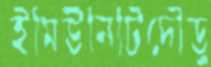
ইমিউনিটিদৌড়ু